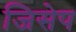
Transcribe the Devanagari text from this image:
जिसेप